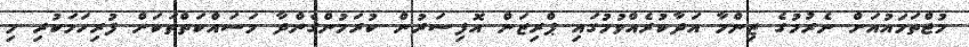
މުޖްތަމައުއަށް ނެރުމުގެ ޒިންމާ އަދާކުރެއްވުމުގައި ޕްރިޒަން އޮފިސަރުން ކުރަމުންގެންދާ މަސައްކަތްތަކަށް ފުރިހަމަކުރި މި